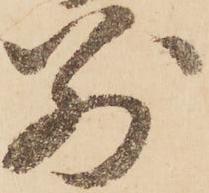
別